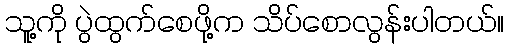
သူ့ကို ပွဲထွက်စေဖို့က သိပ်စောလွန်းပါတယ်။